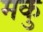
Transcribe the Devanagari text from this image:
मकु